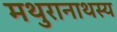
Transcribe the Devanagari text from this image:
मथुरानाथस्य